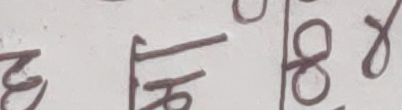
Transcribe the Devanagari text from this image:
३। १६। २४।